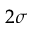
2 \sigma